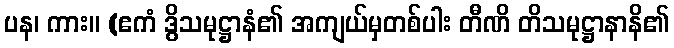
ပန၊ ကား။ (ဧကံ ဒွိသမုဋ္ဌာနံ၏ အကျယ်မှတစ်ပါး တီဏိ တိသမုဋ္ဌာနာနိ၏